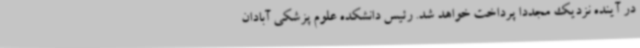
در آینده نزدیک مجددا پرداخت خواهد شد. رئیس دانشکده علوم پزشکی آبادان